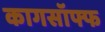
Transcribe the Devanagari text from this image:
कागसॉफ्फ